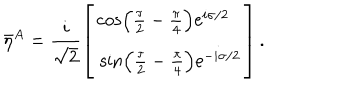
\bar { \eta } { } ^ { A } = \frac { i } { \sqrt { 2 } } \left[ \begin{array} { l } { { \cos \left( \frac { \tau } { 2 } - \frac { \pi } { 4 } \right) \mathrm { e } ^ { \hspace { 2 m m } i \sigma / 2 } } } \\ { { \, \sin \left( \frac { \tau } { 2 } - \frac { \pi } { 4 } \right) \mathrm { e } ^ { - i \sigma / 2 } } } \\ \end{array} \right] .